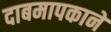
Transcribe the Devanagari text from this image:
दाबमापकाने